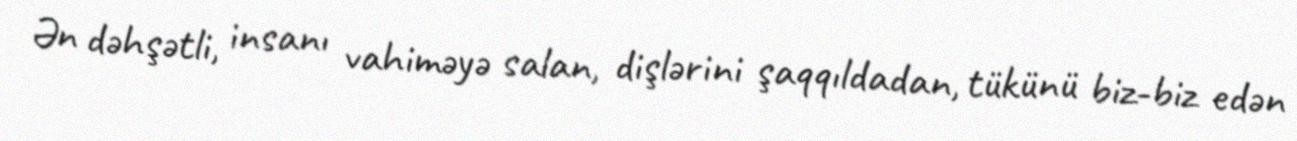
Ən dəhşətli, insanı vahiməyə salan, dişlərini şaqqıldadan, tükünü biz-biz edən